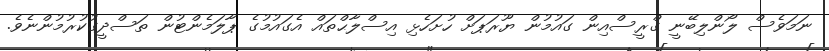
ނަމަވެސް ލޯންލިބޭނީ ގްރީސްއިން ގައުމުން ޔޫރަޕަށް ހުށަހެޅި އިސްލާޙްތައް އެގައުމުގެ ޕާލަމެންޓުން ތަސްދީގުކުރުމުންނެވެ.